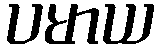
ပမာယ